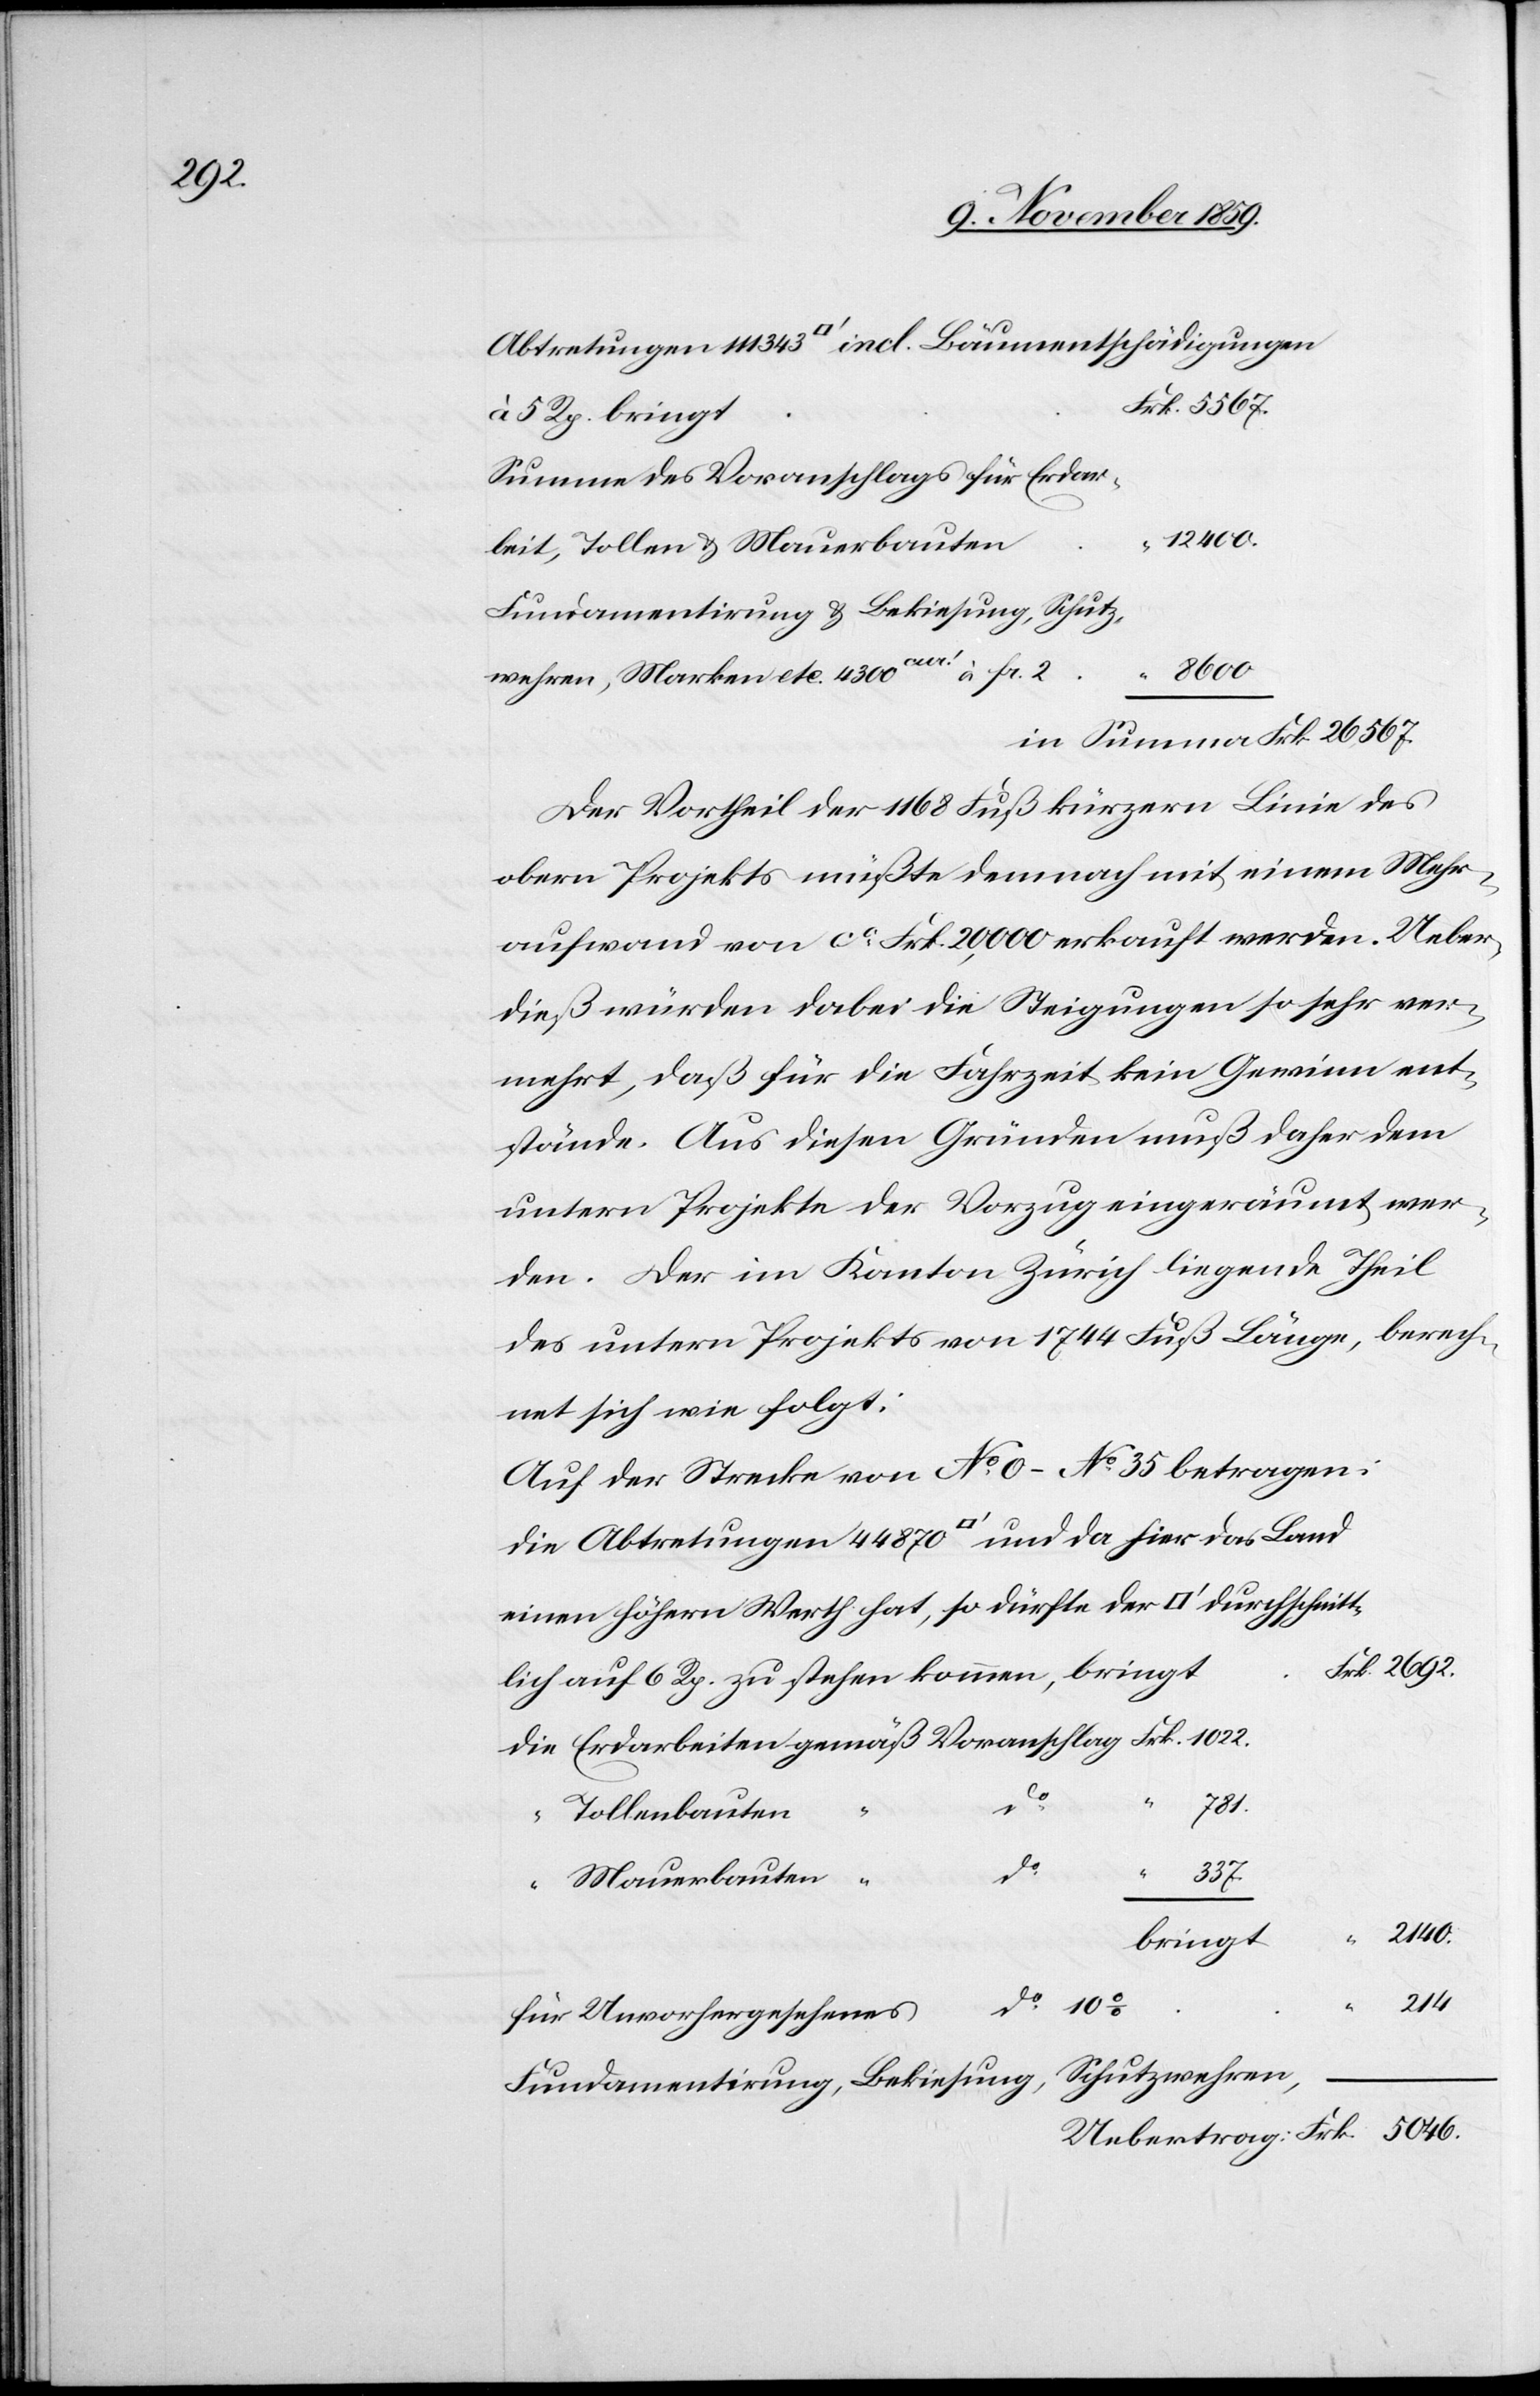
2692.

Abtretungen 111343 [Quadratfuss] ind. Baumentschädigungen
Summen des Voranschlags f. Erdar¬
12400.–
beiten, Tollen & Mauerbauten
Fundamentirung & Bekiesung, Schutz¬
stehen
wehren, Marken etc. 4300cur! à fr. 2.
in Summa Frk. 26,567.–
Das Projekt der 1168 Fuß kürzern Linie des
obern Projekts müßte demnach mit Mehraufwand von
dieß würden dabei die Steigungen so sehr ver¬
mehrt, daß für die Fahrzeit kein Gewinn ent¬
stünde. Aus diesen Gründen muss daher dem
untern Projekte der Vorzug eingeräumt wer¬
den. Der im Kanton Zürich liegende Theil
des untern Projektes von 1744 Fuß Länge, berech¬
net sich wie folgt:
Auf der Strecke von No. 0 – No. 35 betragen:
die Abtretungen 44870 [Quadratfuss] und da hier das Land
781.
do
Tollenbauten
do
5046.
6.
Mauerbauten
“
214.
bringt
5 Rp.
für Unvorhergesehenes
Fundamentirung, Bekiesung, Schutzwehren,